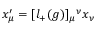
x _ { \mu } ^ { \prime } = [ l _ { + } ( g ) ] _ { \mu } { } ^ { \nu } x _ { \nu }